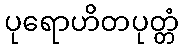
ပုရောဟိတပုတ္တံ